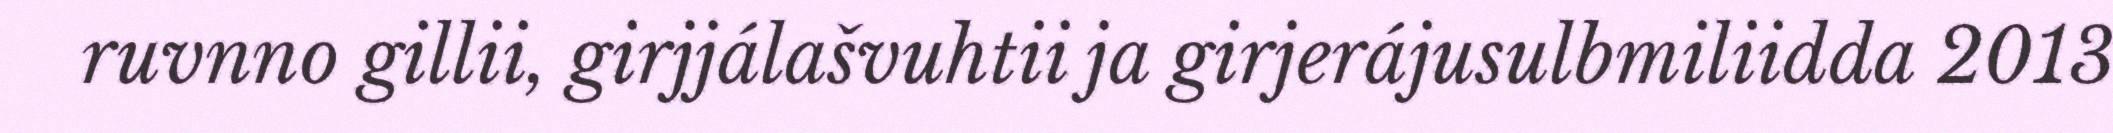
ruvnno gillii, girjjálašvuhtii ja girjerájusulbmiliidda 2013